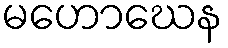
မဟောဃေန